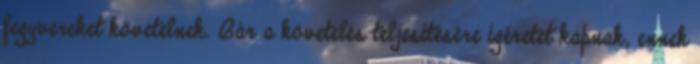
fegyvereket követelnek. Bár a követelés teljesítésére ígéretet kapnak, ennek